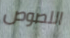
اللصوص